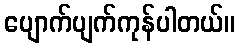
ပျောက်ပျက်ကုန်ပါတယ်။